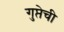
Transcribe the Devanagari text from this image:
गुप्तेची